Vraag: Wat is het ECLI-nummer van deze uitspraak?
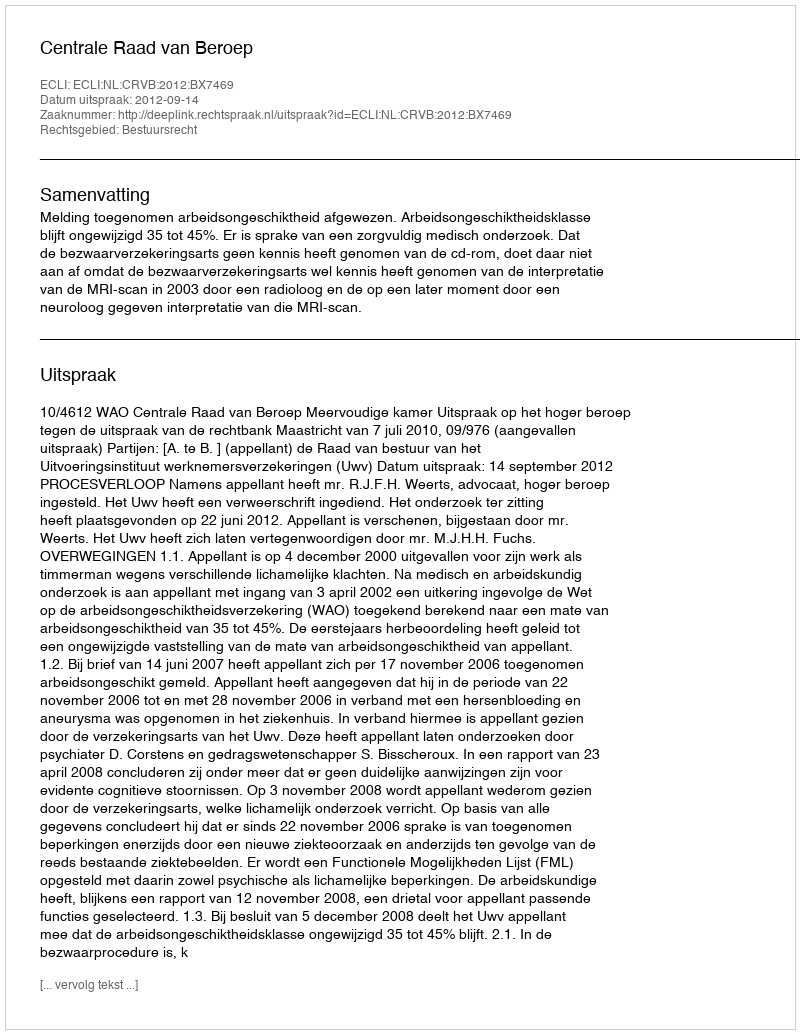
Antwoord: ECLI:NL:CRVB:2012:BX7469